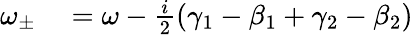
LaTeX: \begin{array}{rl}{\omega_{\pm}}&{{}=\omega-\frac{i}{2}(\gamma_{1}-\beta_{1}+\gamma_{2}-\beta_{2})}\end{array}